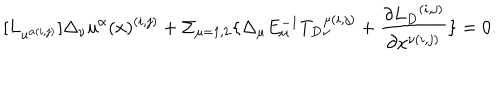
[ { L } _ { u ^ { \alpha ( i , j ) } } ] \Delta _ { \nu } u ^ { \alpha } ( x ) ^ { ( i , j ) } + \Sigma _ { \mu = 1 , 2 } \{ \Delta _ { \mu } E _ { \mu } ^ { - 1 } { { T } _ { D } } _ { \nu } ^ { \mu ( i , j ) } + \frac { \partial { { L } _ { D } } ^ { ( i , j ) } } { \partial x ^ { \nu ( i , j ) } } \} = 0 .